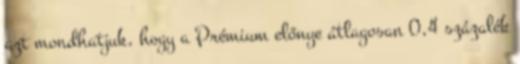
azt mondhatjuk, hogy a Prémium előnye átlagosan 0,4 százalék